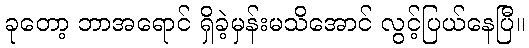
ခုတော့ ဘာအရောင် ရှိခဲ့မှန်းမသိအောင် လွင့်ပြယ်နေပြီ။